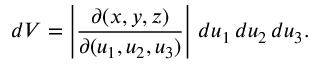
d V = \left| { \frac { \partial ( x , y , z ) } { \partial ( u _ { 1 } , u _ { 2 } , u _ { 3 } ) } } \right| \, d u _ { 1 } \, d u _ { 2 } \, d u _ { 3 } .